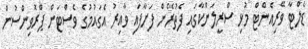
ޑެލްޓާ ވޭރިއެންޓް މުޅި ސްރީލަންކާގައި ފެތުރޭން ފަށާފައި ވާއިރު އެގައުމުގެ ވެސްޓަން ޕްރޮވިންސުން